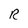
Character: R